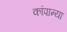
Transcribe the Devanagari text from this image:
कांपान्या